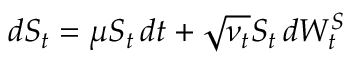
d S _ { t } = \mu S _ { t } \, d t + { \sqrt { \nu _ { t } } } S _ { t } \, d W _ { t } ^ { S }